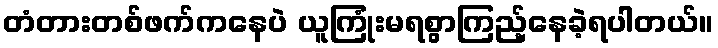
တံတားတစ်ဖက်ကနေပဲ ယူကြုံးမရစွာကြည့်နေခဲ့ရပါတယ်။